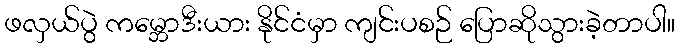
ဖလှယ်ပွဲ ကမ္ဘောဒီးယား နိုင်ငံမှာ ကျင်းပစဉ် ပြောဆိုသွားခဲ့တာပါ။